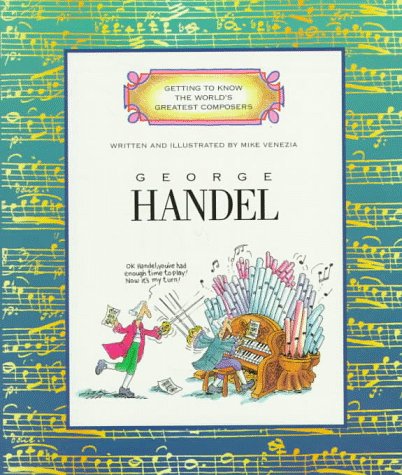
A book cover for George Handel (Getting to Know the World's Greatest Composers); Mike Venezia; Children's Books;